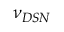
\nu _ { D S N }